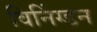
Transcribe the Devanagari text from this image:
विनिंग्डन